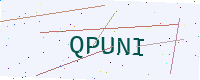
Text: QPUNI